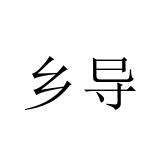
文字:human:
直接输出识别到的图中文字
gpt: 乡导